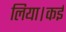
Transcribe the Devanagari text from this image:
लिया।कई